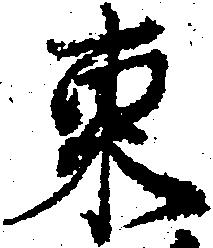
東